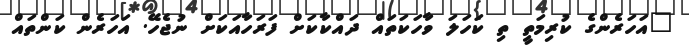
"އަހަރެންގެ ކުރިމަތީ ތި ކަހަލަ ވާހަކަތައް ދައްކާކަށް ފަރަހާއަކަށް ނުޖެހޭ. އަހަރެން ކަންތައް